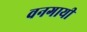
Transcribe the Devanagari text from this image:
वनगायी